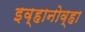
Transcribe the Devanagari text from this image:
इव्हानोव्हा